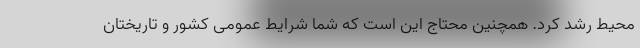
محیط رشد کرد. همچنین محتاج این است که شما شرایط عمومی کشور و تاریختان